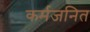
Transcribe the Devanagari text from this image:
कर्मजनित